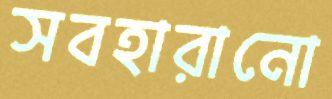
সবহারানো